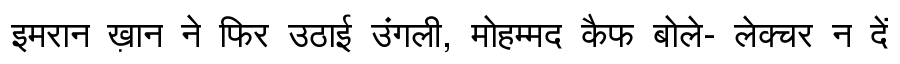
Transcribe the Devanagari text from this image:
इमरान ख़ान ने फिर उठाई उंगली, मोहम्मद कैफ बोले- लेक्चर न दें